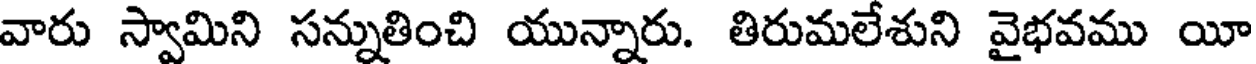
వారు స్వామిని సన్నుతించి యున్నారు. తిరుమలేశుని వైభవము యీ